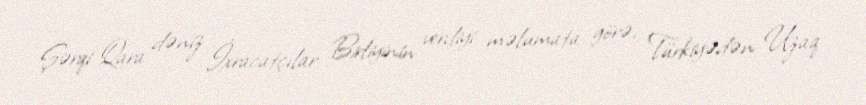
Şərqi Qara dəniz İxracatçılar Birliyinin verdiyi məlumata görə, Türkiyədən Uzaq